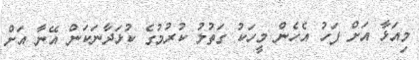
މިއަޅާ އަށް ފަހު އެހެން މީހަކު ގަތުލު ކުރުމުގެ ކުޅަދާނަކަން އޭނާ އަށް